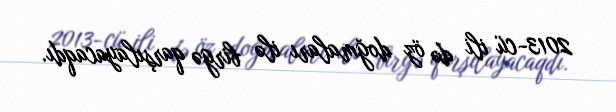
2013-cü ili də öz doğmaları ilə birgə qarşılayacaqdı.